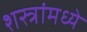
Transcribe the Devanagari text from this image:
शस्त्रांमध्ये